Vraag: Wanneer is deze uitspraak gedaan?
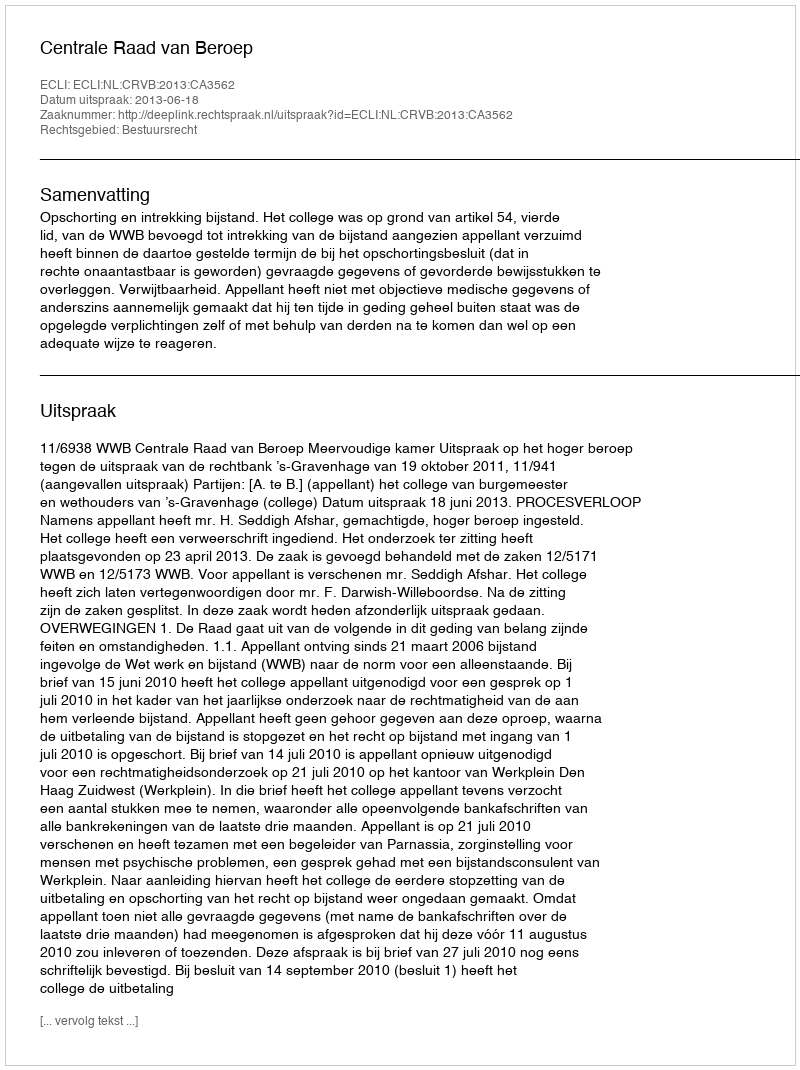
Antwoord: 2013-06-18